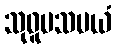
သုဝူပသမယံ